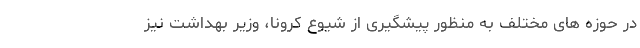
در حوزه های مختلف به منظور پیشگیری از شیوع کرونا، وزیر بهداشت نیز